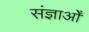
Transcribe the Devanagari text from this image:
संज्ञाओँ